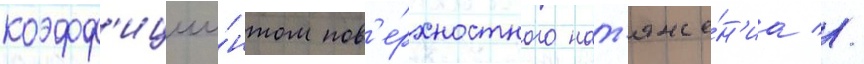
коэфф'ицие́нтом пов'е́рхностного нат'яже́н'иа //